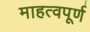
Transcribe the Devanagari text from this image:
माहत्वपूर्ण